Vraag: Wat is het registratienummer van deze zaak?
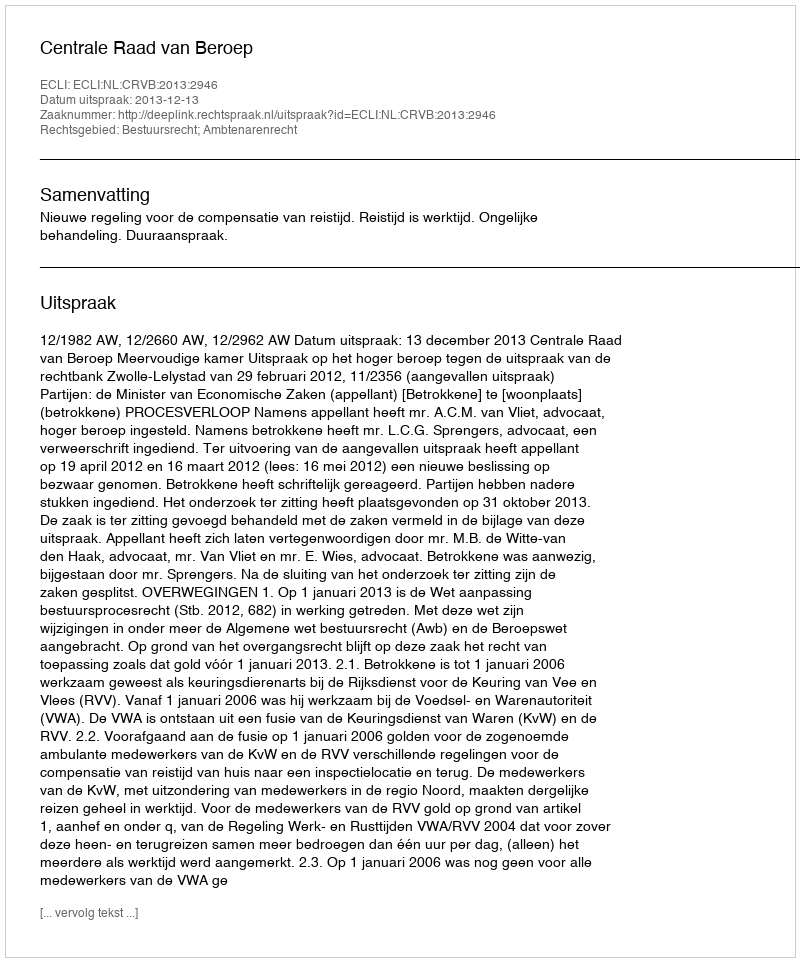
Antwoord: http://deeplink.rechtspraak.nl/uitspraak?id=ECLI:NL:CRVB:2013:2946